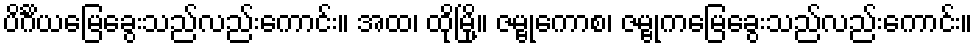
ပိင်္ဂိယမြေခွေးသည်လည်းကောင်း။ အထ၊ ထိုမြို့။ ဇမ္ဗုကောစ၊ ဇမ္ဗုကမြေခွေးသည်လည်းကောင်း။